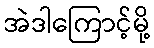
အဲဒါကြောင့်မို့